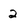
Character: 2